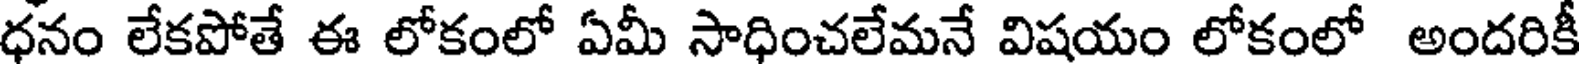
ధనం లేకపోతే ఈ లోకంలో ఏమీ సాధించలేమనే విషయం లోకంలో అందరికీ